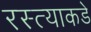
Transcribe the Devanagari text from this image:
रस्त्याकडे